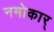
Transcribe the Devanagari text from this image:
नमोकार्